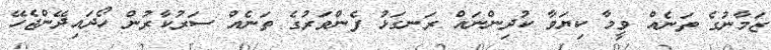
ޒަމާނުގެ ތަނެއް ވީމާ ކިޔަވާ ކުދިންނައް ރަނގަޅު ފެންވަރުގެ ތަނެއް ސަރުކާރުން ހޯދައިދޭންޖެހޭ